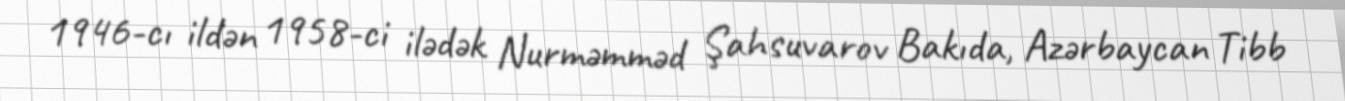
1946-cı ildən 1958-ci ilədək Nurməmməd Şahsuvarov Bakıda, Azərbaycan Tibb